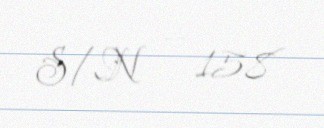
S/N — 158